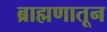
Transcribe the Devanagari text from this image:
ब्राह्मणातून